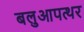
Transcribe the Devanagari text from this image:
बलुआपत्थर